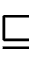
\sqsubseteq